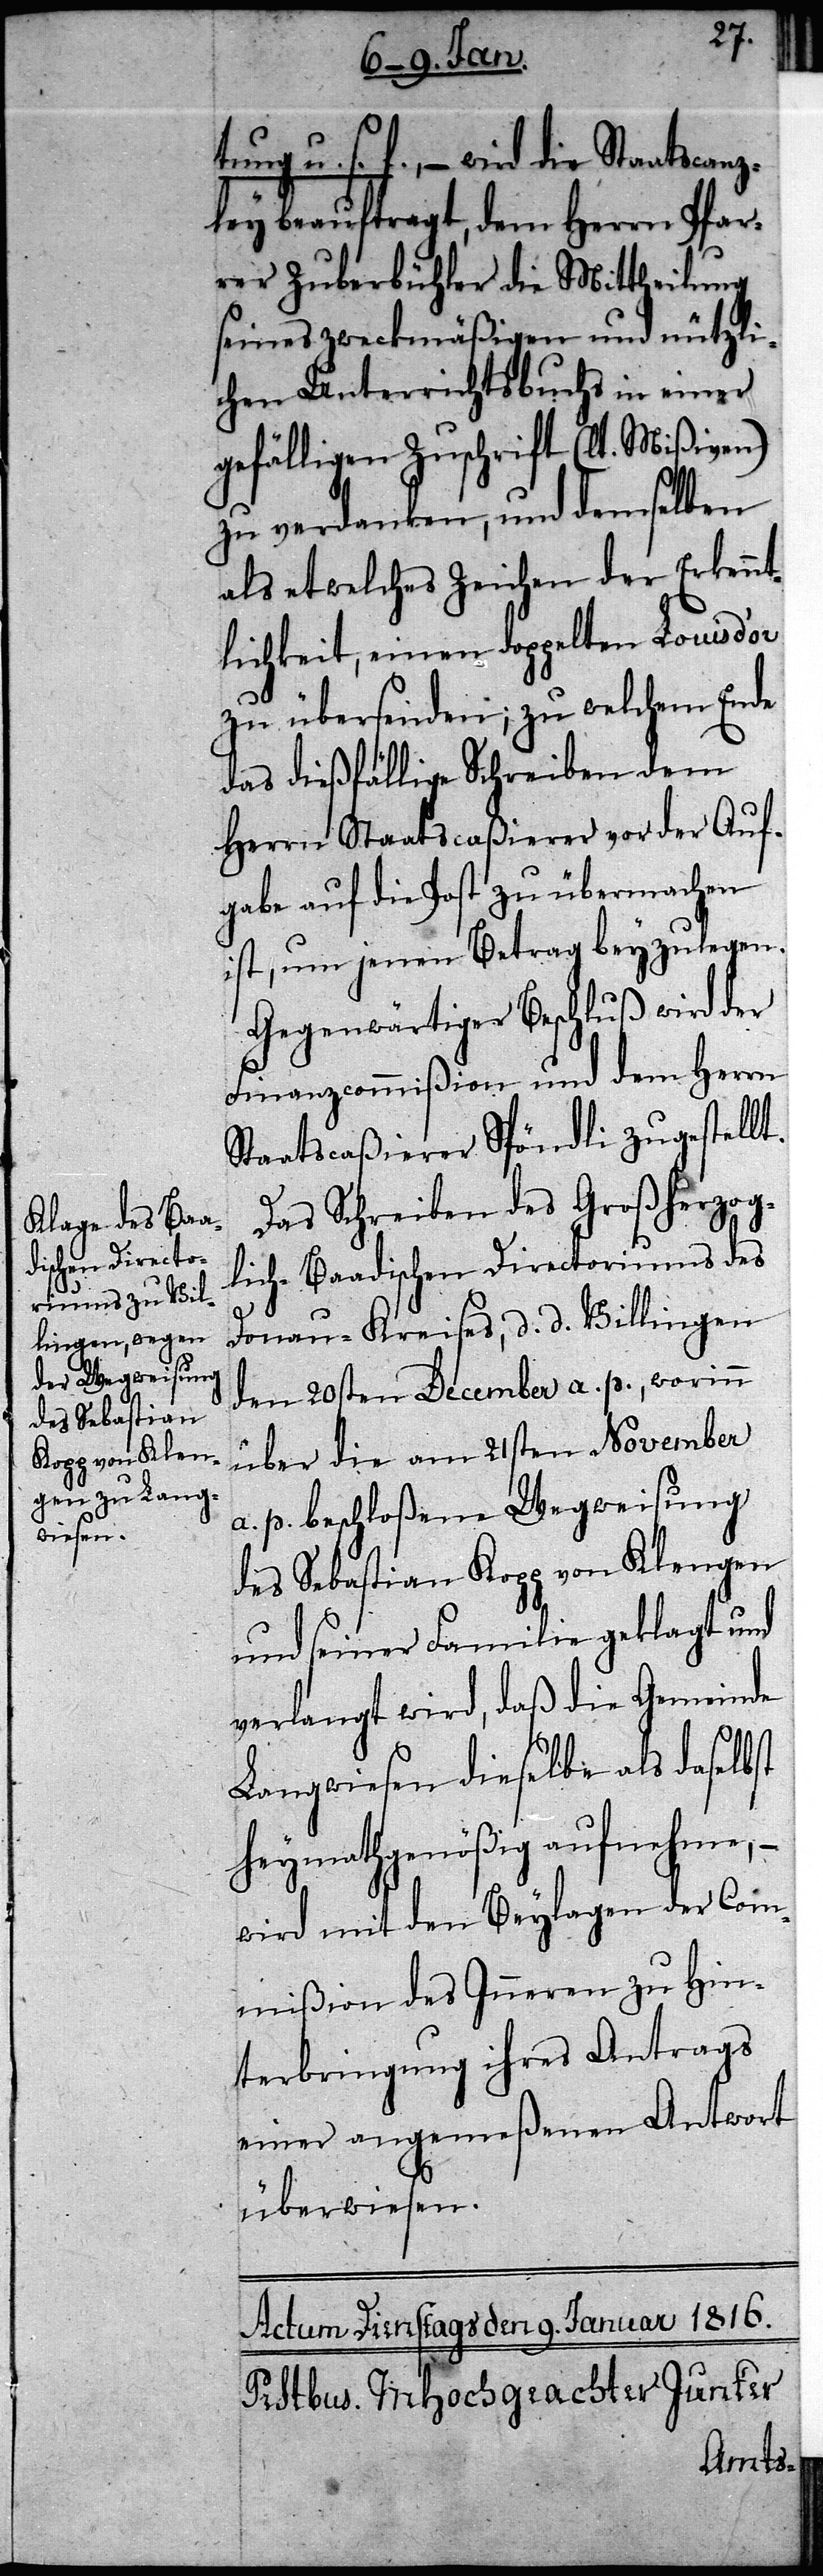
tung u. s. f., – wird die Staatscanz¬
ley beauftragt, dem Herrn Pfar¬
rer Zuberbühler die Mittheilung
seines zweckmäßigen und nützli¬
chen Unterrichtsbuchs in einer
gefälligen Zuschrift (lt. Mißiven)
zu verdanken, und demselben
als etwelches Zeichen der Erkennt¬
lichkeit, einen doppelten Louisd’or
zu übersenden; zu welchem Ende
das dießfällige Schreiben dem
Herrn Staatscaßierer vor der Auf¬
gabe auf die Post zu übermachen
ist, um jenen Betrag beyzulegen.
Gegenwärtiger Beschluß wird der
Finanzcommißion und dem Herrn
Staatscaßierer Spöndli zugestellt.
Das Schreiben des Großherzog¬
lich-Baadischen Directoriums des
Donau-Kreises, d. d. Villingen
den 20sten December a. p., worinn
über die am 21sten November
a. p. beschloßene Wegweisung
des Sebastian Kopp von Klengen
und seiner Familie geklagt und
verlangt wird, daß die Gemeinde
Langwiesen dieselbe als daselbst
heymathgenößig aufnehme, –
wird mit den Beylagen der Com¬
mißion des Inneren zu Hin¬
terbringung ihres Antrags
einer angemeßenen Antwort
überwiesen.